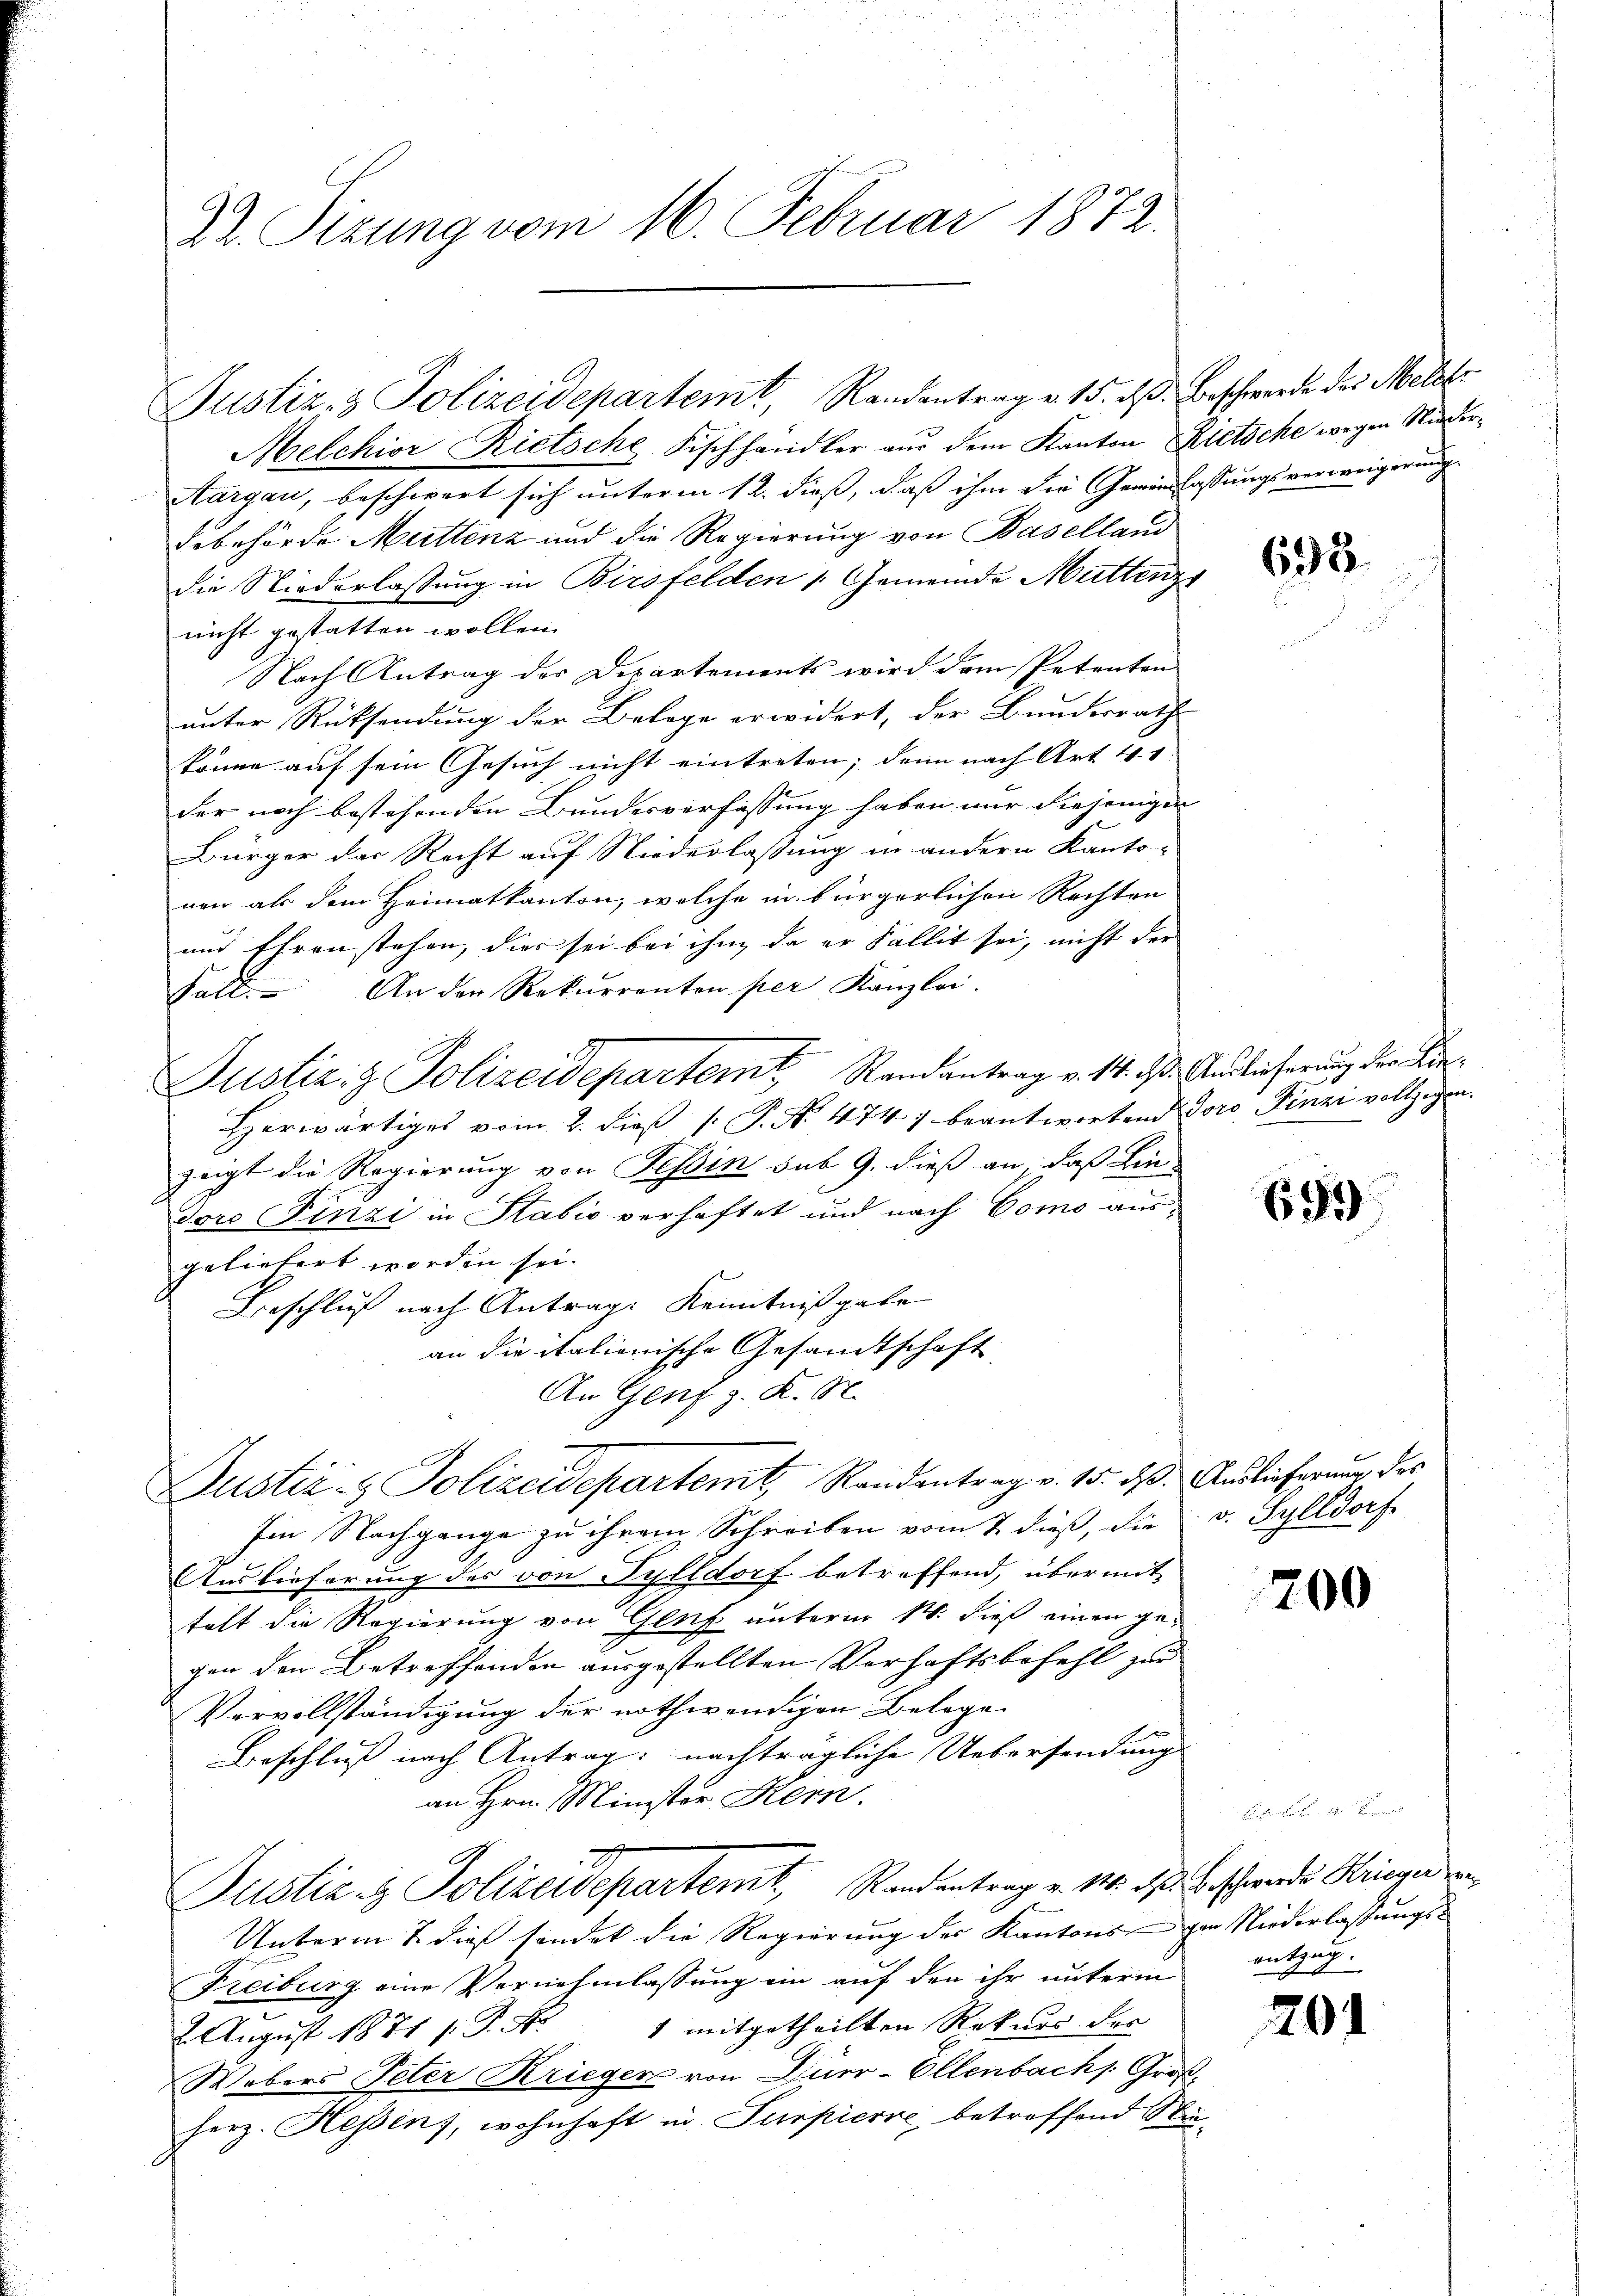
Dr. Sizung vom 16. Februar 1872.

Justiz- & Polizeidepartemt, Randantrag v. 15. dß. Beschwerde des Melzer
Melchior Rietsche Fischhandler aus dem Kanton Rietsche wegen Nieder¬
Aargau, beschwert sich unterm 12. dieß, daß ihm die Gewinlassungsverweigerung
debehörde Muttenz und die Regierung von Baselland
die Niederlassung in Birsfelden 1. Gemeinde Muttenz
nicht gestatten wollen.
Nach Antrag der Departements wird dem Petenten
unter Rücksendung der Belege erwidert, der Bundesrath
könne auf sein Gesuch nicht eintreten; dann nach Art. 41
der noch bestehenden Bundesverfassung haben nur diejenigen |
Bürger das Recht auf Niederlassung in andern Kanto-
nen als dem Heimatkanton, welche in bürgerlichen Rechten
und Ehren stehen, dies sei bei ihm, da er Fallit sei, nicht der
Fall. An den Rekurrenten per Kanzlei.
Justiz & Polizeidepartemt, Randantrag v. 14. ds. Endlicherung der Kin¬
Herwärtiges vom 2. dieß P. Nr. 474) beantwortend Doro Pinzi vollzogen.
zeigt die Regierung von Tessin sub 9. dieß an, daß Lie-
Toro Finzi in Sabić verhaftet und nach Como aus
geliefert worden sei.
Beschluß nach Antrage Kenntnißgabe
an die italienische Gesandtschaft
An Genf z. K. A.
Justiz- & Polizeidepartemt, Randentrag v. 15. ds. Auslieferung des
Im Nachgange zu ihrem Schreiben vom 7. dieß, die v. Sylldorf
Auslieferung des von Pylldorf betreffend, übermit
teht die Regierung von Genf unterm 14. dieß einen gegen den Betreffenden ausgestellten Verhaftsbefehl zur
Vervollständigung der nothwendigen Belege
Beschluß nach Antrag: nachträgliche Uebersendung
an Hrn. Minister Kern.
Justiz- & Polizeidepartemt, Randentrag v. M. des Beschwerdes Kriegen an
Unterm 7. dieß sendet die Regierung der Kantons zur Niederlassungs¬
Freiburg eine Vernehmlassung ein auf den ihr unterm
2. August 1871 s.P. Nr. 1 mitgetheilten Rekurs der
Webers Peter Krieger von Quer-Ollenbachs. Groß
herz. Hessens, wohnhaft in Turpierre betreffend Sti¬

695.

699

200

entzug.

201